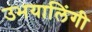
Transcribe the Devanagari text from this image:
उभयालिंगी